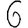
Digit: 6